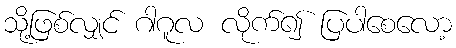
သို့ဖြစ်လျှင် ဂါဂူလ လိုက်၍ ပြပါစေလော့